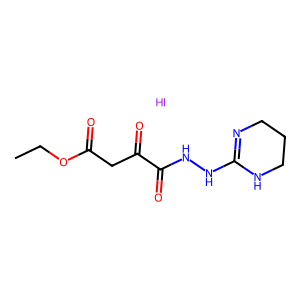
SMILES: CCOC(=O)CC(=O)C(=O)NNC1=NCCCN1.I
Inhibits HIV replication: No